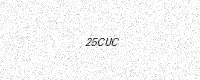
Text: 25CUC